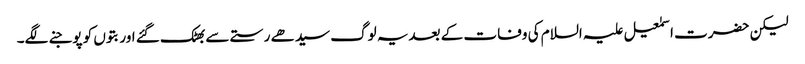
لیکن حضرت اسمٰعیل علیہ السلام کی وفات کے بعدیہ لوگ سیدھے رستے سے بھٹک گئے اور بتوں کو پوجنے لگے۔